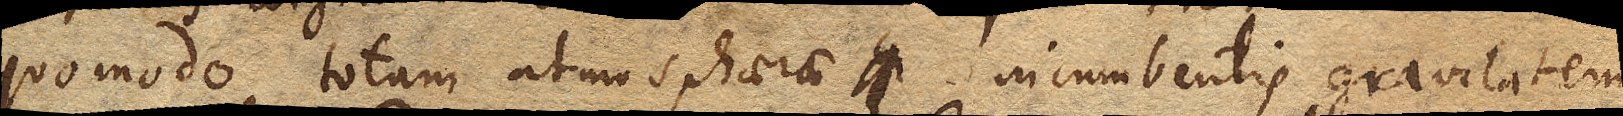
quomodo totam atmosphaerae incumbentis gravitatem